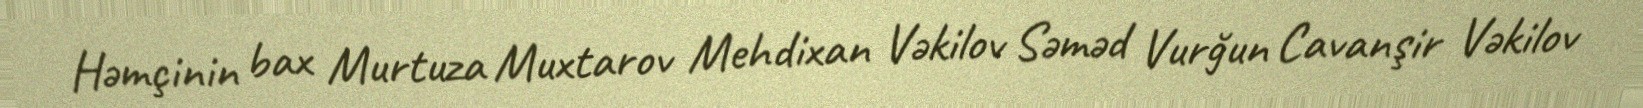
Həmçinin bax Murtuza Muxtarov Mehdixan Vəkilov Səməd Vurğun Cavanşir Vəkilov